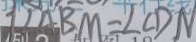
7 \angle A B M = \angle C D N